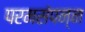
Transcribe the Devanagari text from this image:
परमसंपन्न